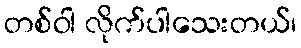
တစ်ဝါ လိုက်ပါသေးတယ်၊